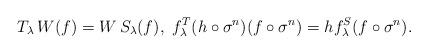
LaTeX: \begin{align*} T_\lambda \, W (f) = W \, S_{\lambda}(f) ,\ f^T_\lambda(h \circ \sigma^n) (f \circ \sigma^n) = hf^S_\lambda (f \circ \sigma^n). \end{align*}